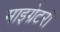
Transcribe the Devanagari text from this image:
माइग्रेटरी